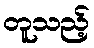
တူသည့်